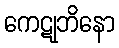
ကေဋုဘိနော